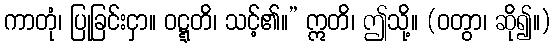
ကာတုံ၊ ပြုခြင်းငှာ။ ဝဋ္ဋတိ၊ သင့်၏။” ဣတိ၊ ဤသို့။ (ဝတွာ၊ ဆို၍။)